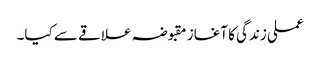
عملی زندگی کا آغاز مقبوضہ علاقے سے کیا۔